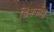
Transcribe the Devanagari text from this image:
डिंभकोष्ठ